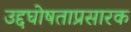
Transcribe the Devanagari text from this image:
उद्दघोषताप्रसारक